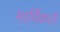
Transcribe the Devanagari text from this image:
मार्मिकची